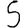
Digit: 5